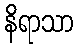
နိရာသာ